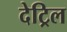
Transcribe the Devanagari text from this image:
देट्रिल